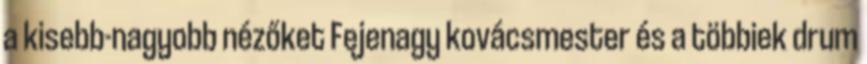
a kisebb-nagyobb nézőket Fejenagy kovácsmester és a többiek drum